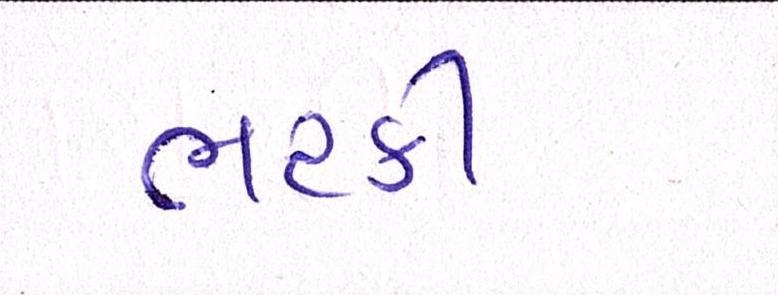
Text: ભટકી